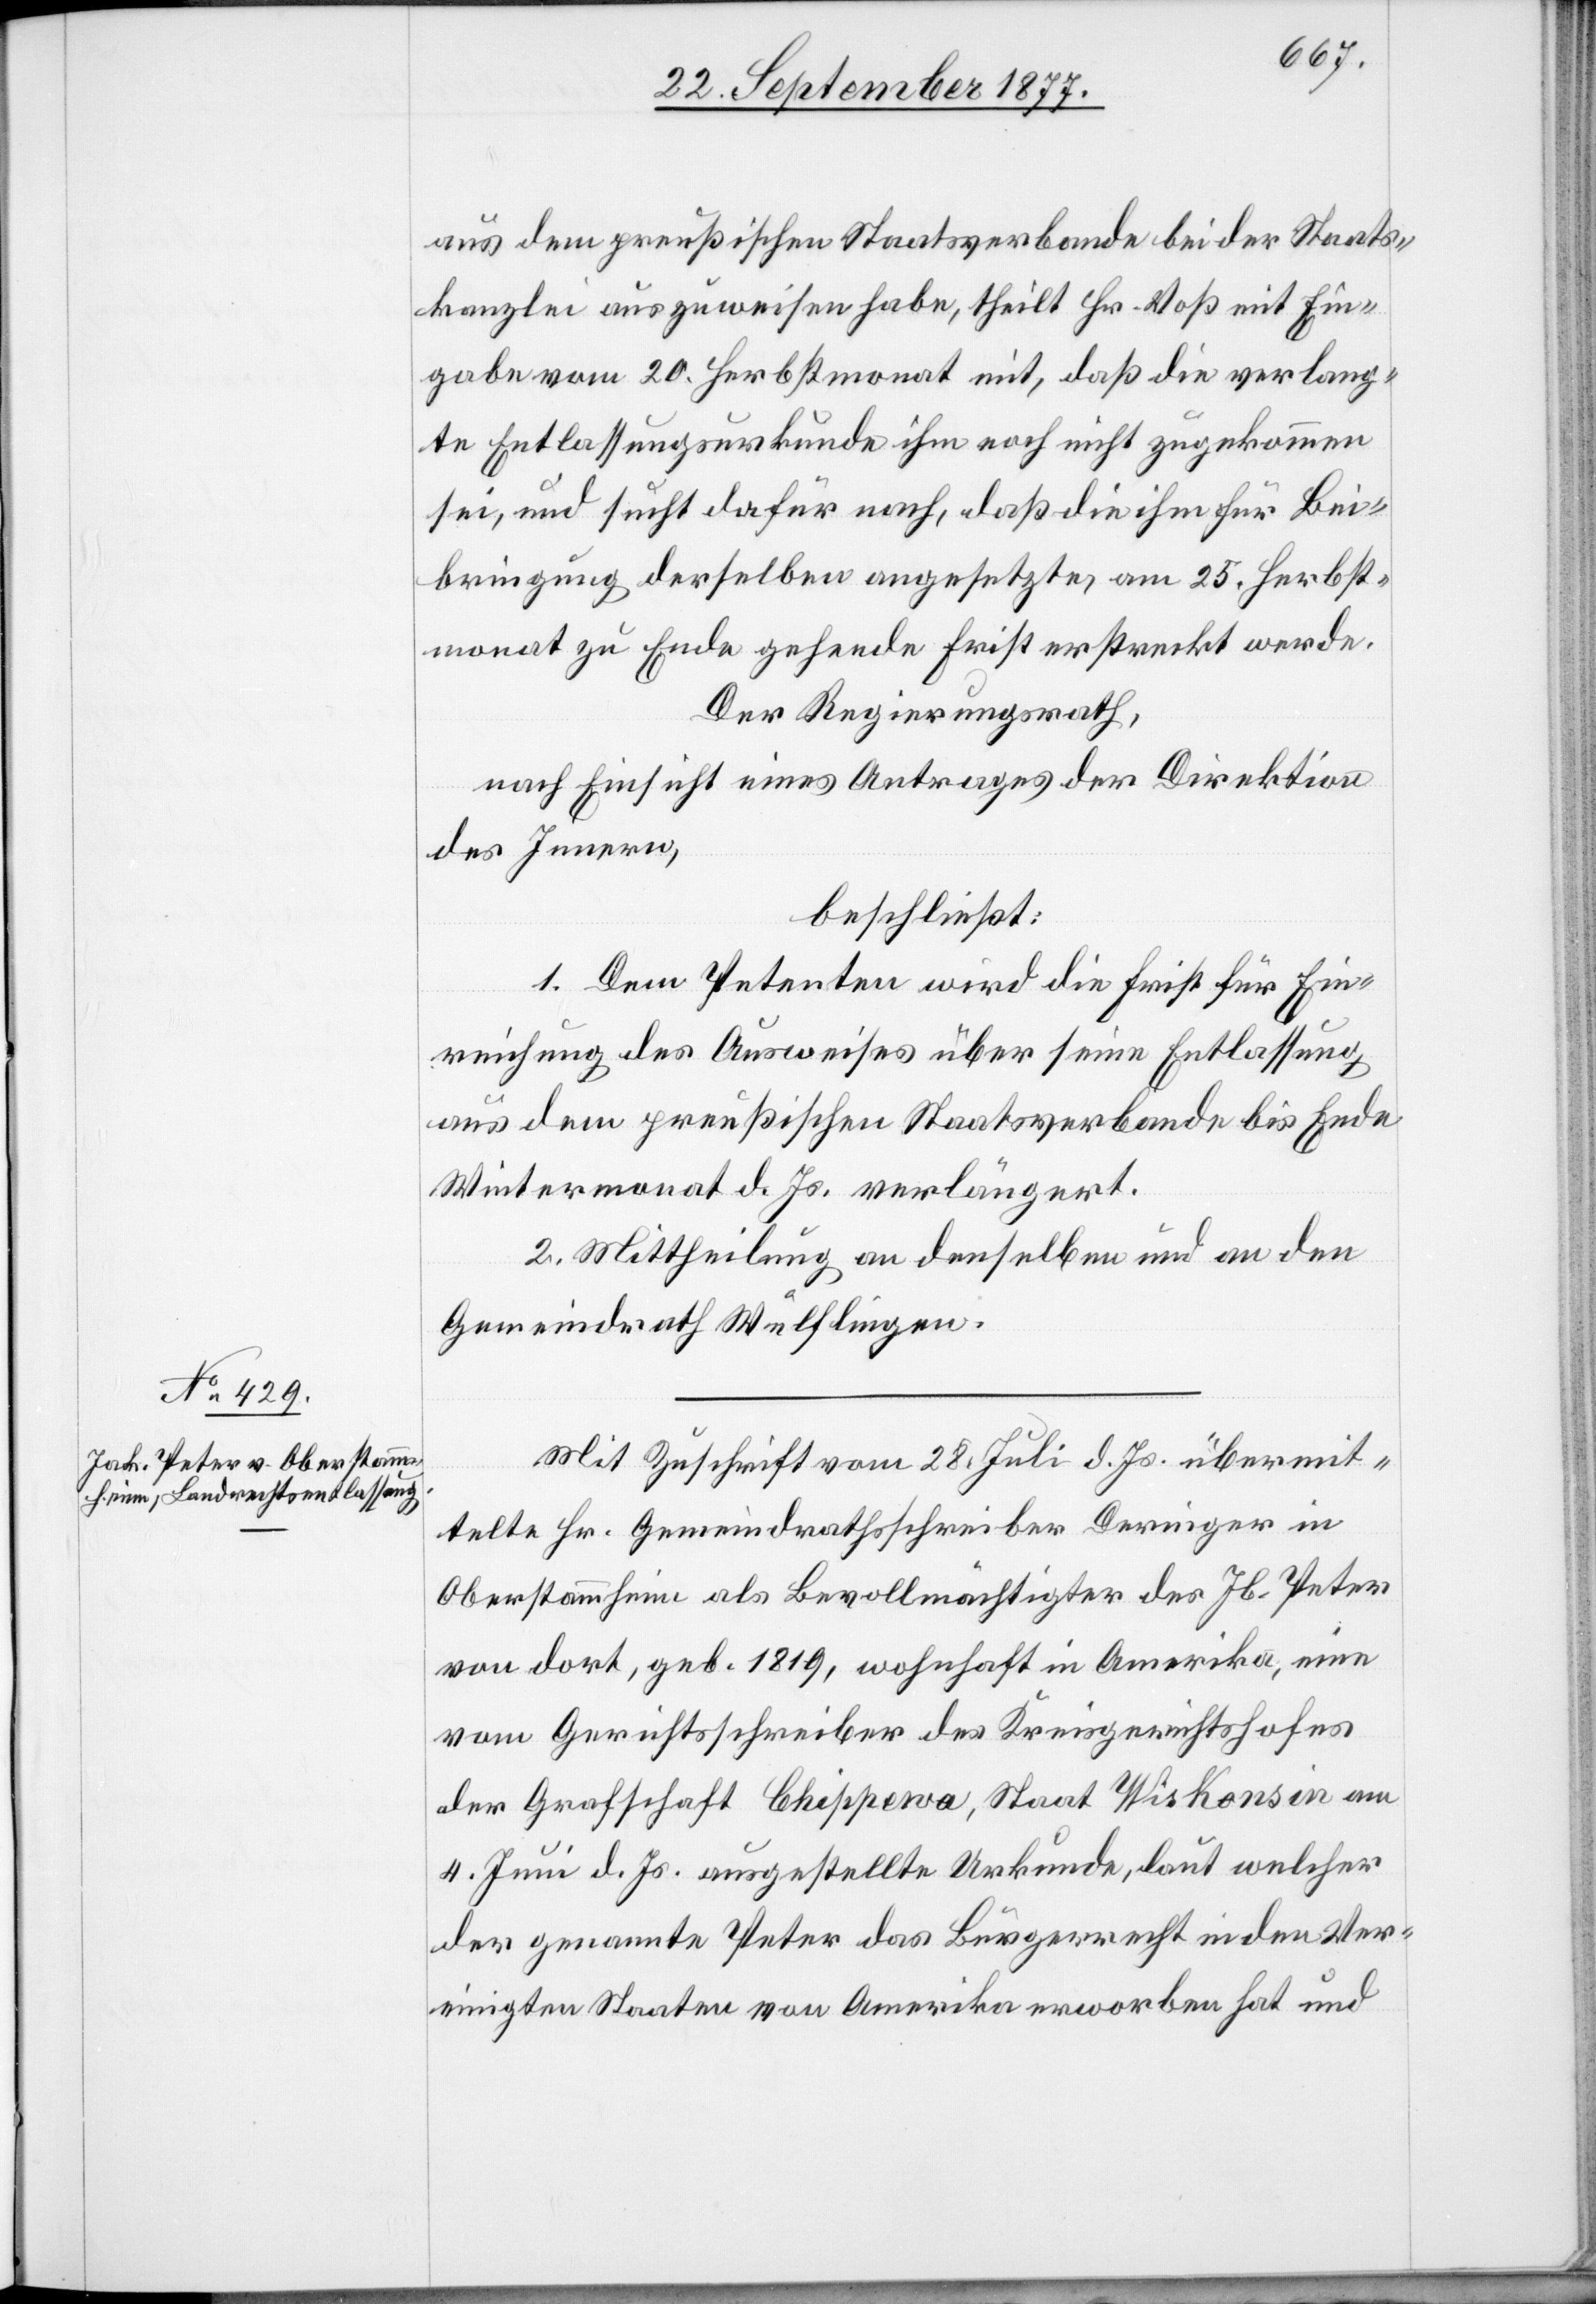
aus dem preußischen Staatsverbande bei der Staats¬
kanzlei auszuweisen habe, theilt Hr. Voß mit Ein¬
gabe vom 20. Herbstmonat mit, daß die verlang¬
te Entlassungsurkunde ihm noch nicht zugekommen
sei, und sucht dafür nach, daß die ihm für Bei¬
bringung derselben angesetzte, am 25. Herbst¬
monat zu Ende gehende Frist erstreckt werde.
Der Regierungsrath,
nach Einsicht eines Antrages der Direktion
des Innern,
beschließt:
1. Dem Petenten wird die Frist für Ein¬
reichung des Ausweises über seine Entlassung
aus dem preußischen Staatsverbande bis Ende
Wintermonat d. Js. verlängert.
2. Mittheilung an denselben und an den
Gemeindrath Wülflingen.
Mit Zuschrift vom 28. Juli d. Js. übermit¬
telte Hr. Gemeindrathsschreiber Deringer in
Oberstammheim als Bevollmächtigter des Jb. Peter
von dort, geb. 1819, wohnhaft in Amerika, eine
vom Gerichtsschreiber des Kreisgerichtshofes
der Grafschaft Chippewa, Staat Wiskonsin am
4. Juni d. Js. ausgestellte Urkunde, laut welcher
der genannte Peter das Bürgerrecht in den Ver¬
einigten Staaten von Amerika erworben hat und